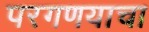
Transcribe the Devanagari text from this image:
परगणयाचा